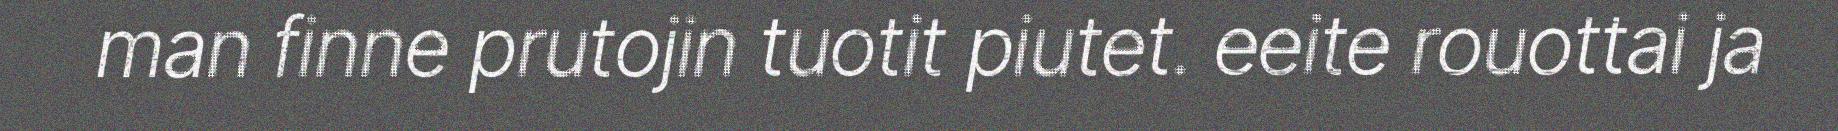
man finne prutojin tuotit piutet. eeite rouottai ja